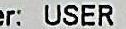
ER: USER